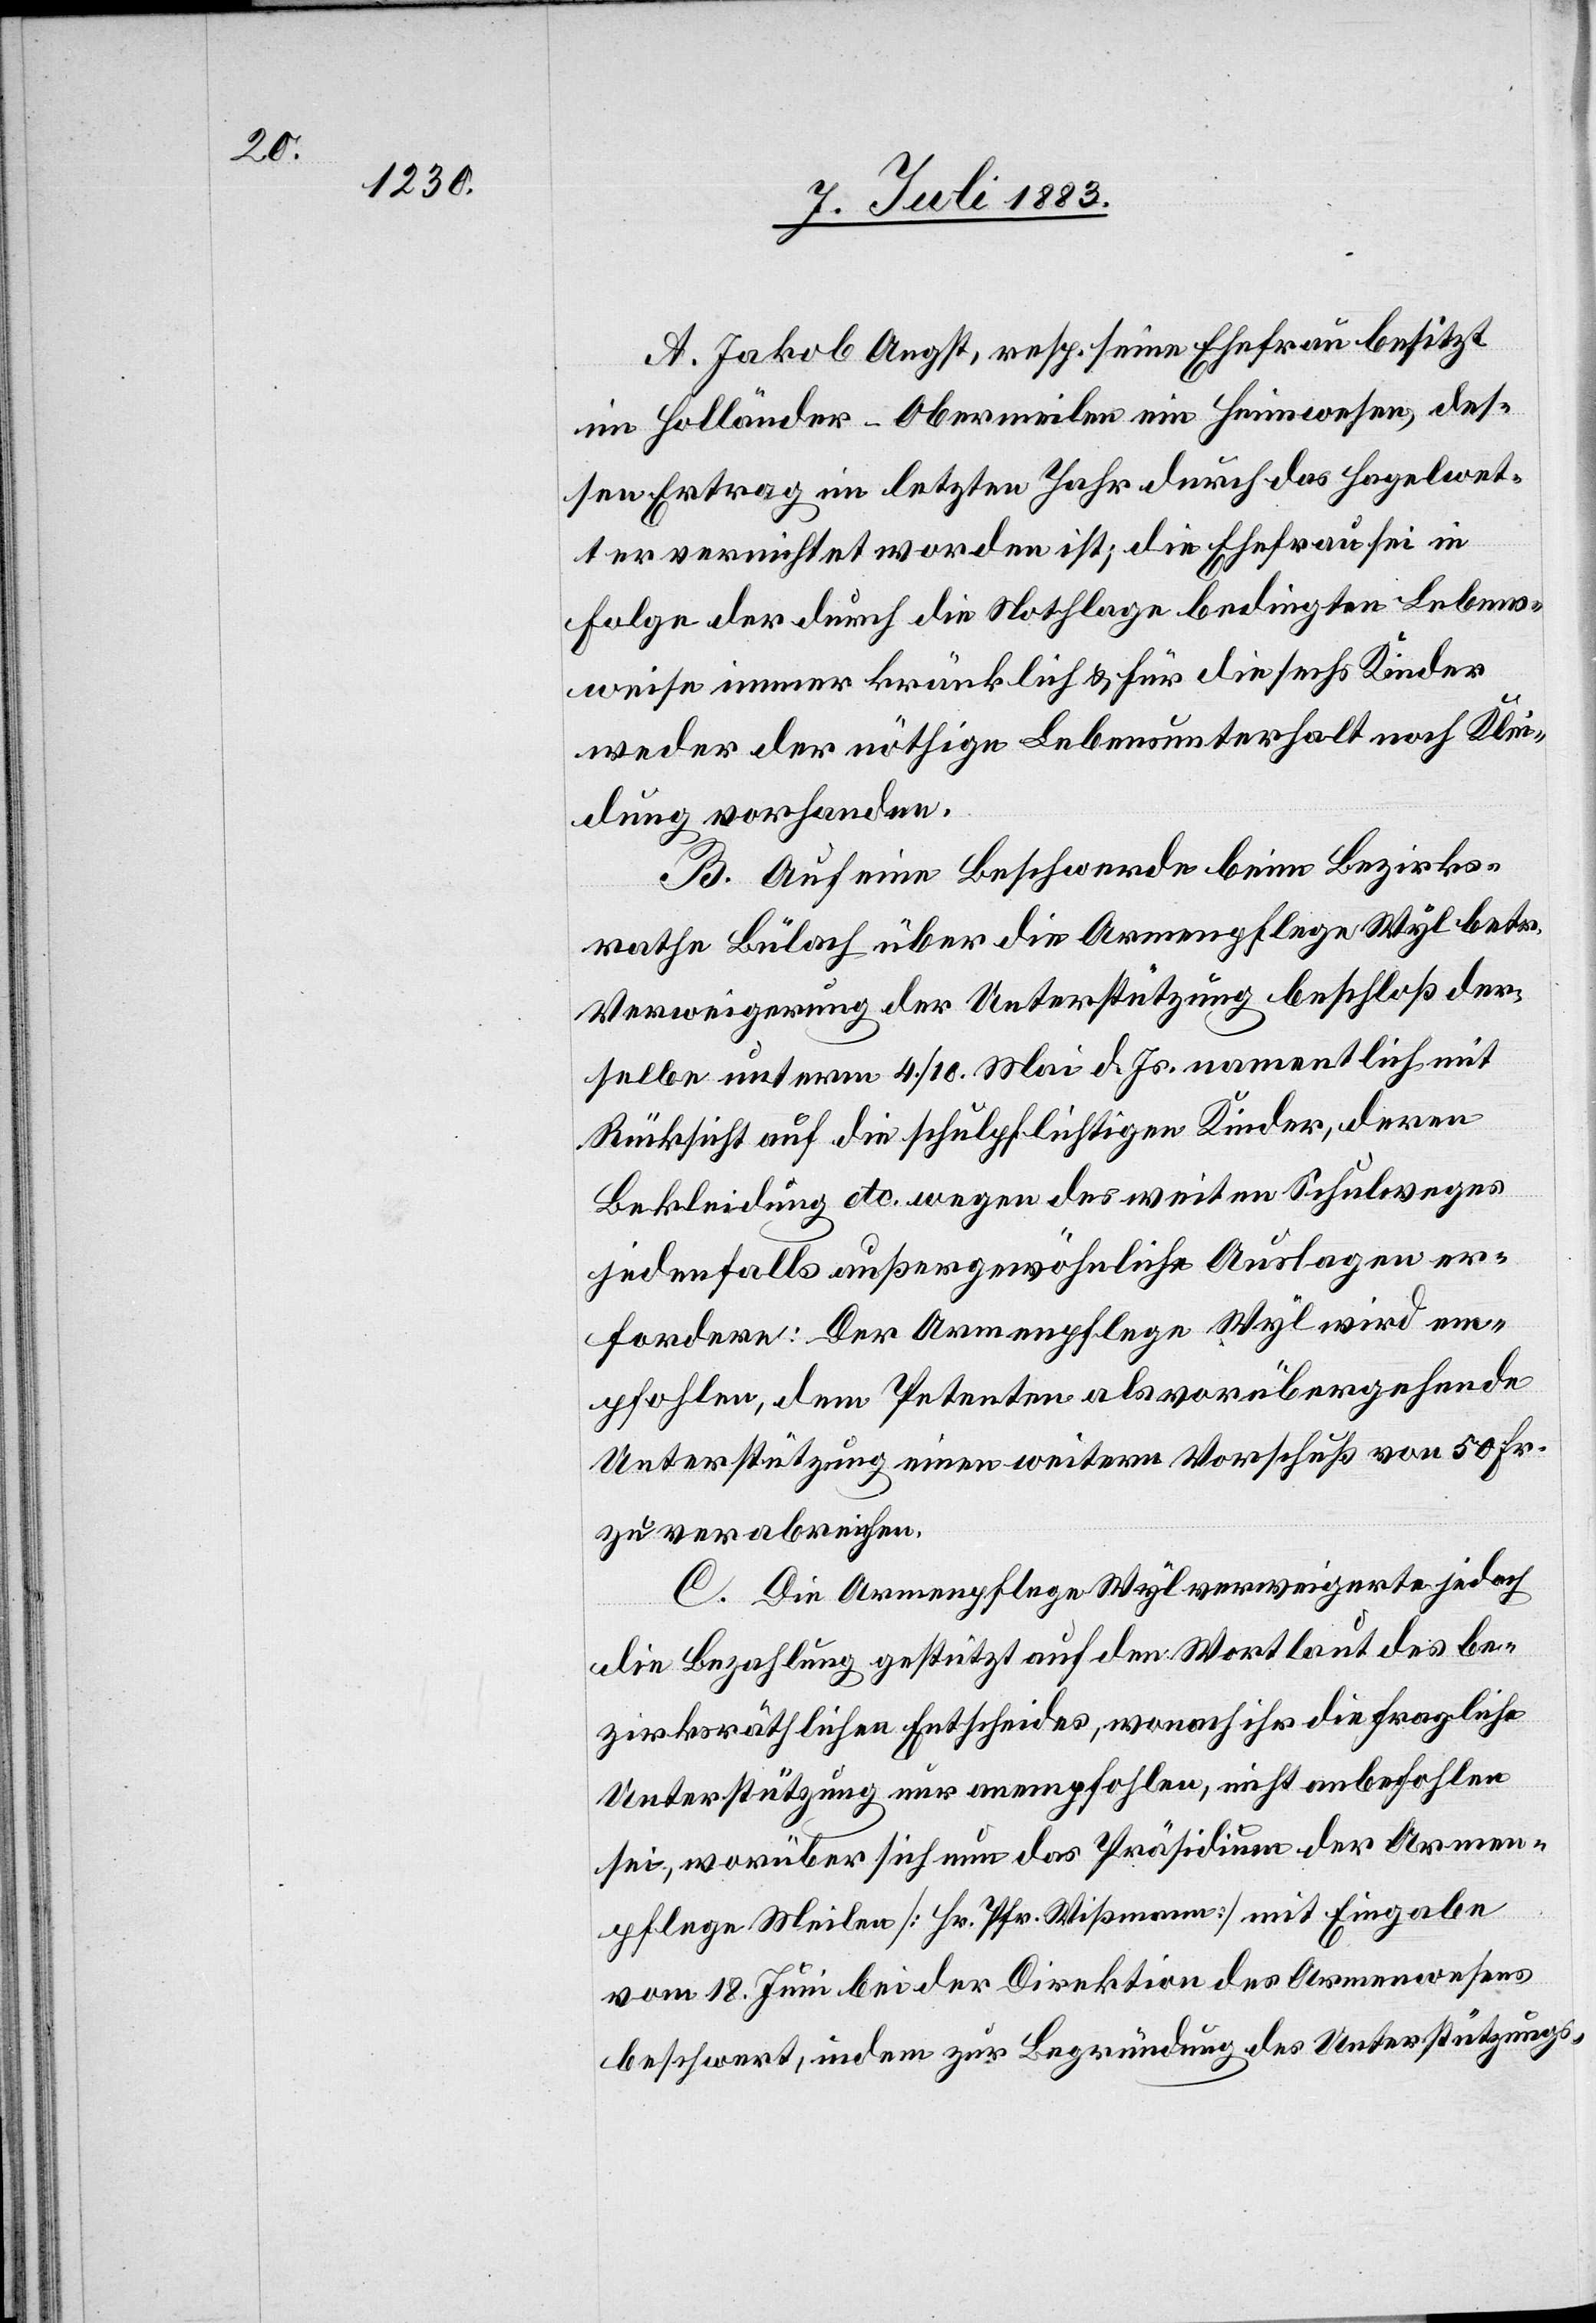
A. Jakob Angst, resp. seine Ehefrau besitzt
im Holländer - Obermeilen ein Heimwesen, des¬
sen Ertrag im letzten Jahr durch das Hagelwet¬
ter vernichtet worden ist; die Ehefrau sei in
Folge der durch die Nothlage bedingten Lebens¬
weise immer kränklich & für die sechs Kinder
weder der nöthige Lebensunterhalt noch Klei¬
dung vorhanden.
B. Auf eine Beschwerde beim Bezirks¬
rathe Bülach über die Armenpflege Wyl betr.
Verweigerung der Unterstützung beschloß der¬
selbe unterm 4./10. Mai d. Js. namentlich mit
Rücksicht auf die schulpflichtigen Kinder, deren
Bekleidung etc. wegen des weiten Schulweges
jedenfalls außergewöhnliche Auslagen er¬
fordern: Der Armenpflege Wyl wird em¬
pfohlen, dem Petenten als vorübergehende
Unterstützung einen weitern Vorschuß von 50 Fr.
zu verabreichen.
C. Die Armenpflege Wyl verweigerte jedoch
die Bezahlung gestützt auf den Wortlaut des be¬
zirksräthlichen Entscheides, wonach ihr die fragliche
Unterstützung anempfohlen, nicht anbefohlen
sei, worüber sich nun das Präsidium der Armen¬
pflege Meilen [Hr. Pfr. Wißmann] mit Eingabe
vom 18. Juni bei der Direktion des Armenwesens
beschwert, indem zur Begründung des Unterstützungs-